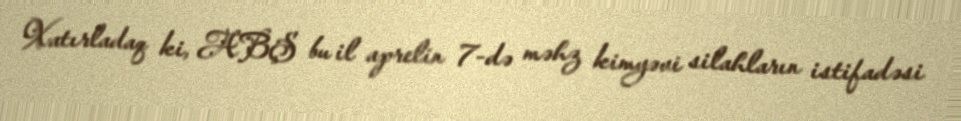
Xatırladaq ki, ABŞ bu il aprelin 7-də məhz kimyəvi silahların istifadəsi